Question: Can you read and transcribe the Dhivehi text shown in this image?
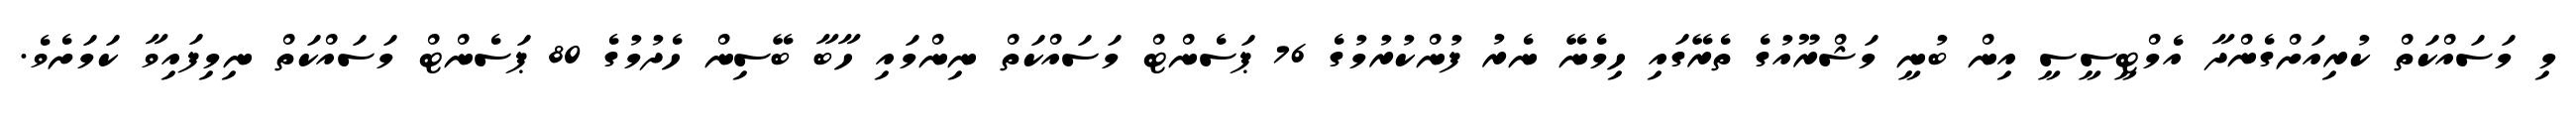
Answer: މި މަސައްކަތް ކުރިއަށްގެންދާ އެމްޓީސީސީ އިން ބުނީ މަޝްރޫއުގެ ތެރޭގައި ހިމެނޭ ނެރު ފުންކުރުމުގެ 76 ޕަސެންޓް މަސައްކަތް ނިންމައި ހާބާ ބޭސިން ހެދުމުގެ 80 ޕަސެންޓް މަސައްކަތް ނިމިފައިވާ ކަމަށެވެ.